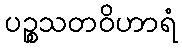
ပဉ္စသတဝိဟာရံ